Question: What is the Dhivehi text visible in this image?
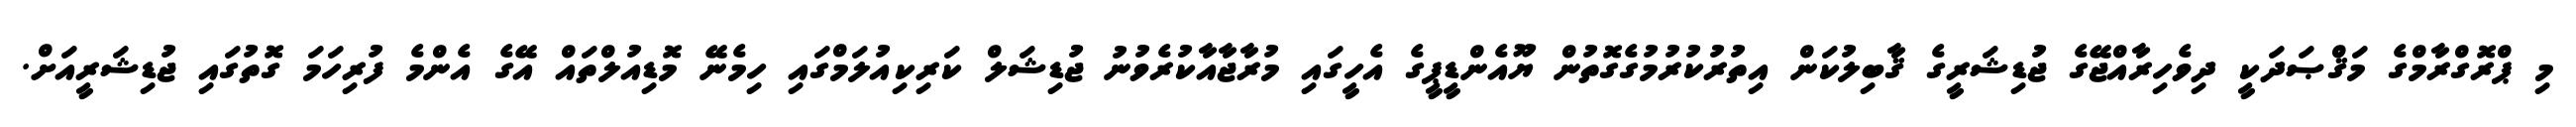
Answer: މި ޕްރޮގްރާމްގެ މަޤްޞަދަކީ ދިވެހިރާއްޖޭގެ ޖުޑިޝަރީގެ ޤާބިލުކަން އިތުރުކުރުމުގެގޮތުން ޔޫއެންޑީޕީގެ އެހީގައި މުރާޖާއާކުރެވުނު ޖުޑިޝަލް ކަރިކިއުލަމްގައި ހިމެނޭ މޮޑިއުލްތައް އޭގެ އެންމެ ފުރިހަމަ ގޮތުގައި ޖުޑިޝަރީއަށް.